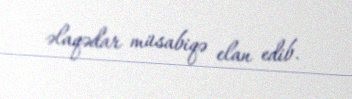
əlaqədar müsabiqə elan edib.